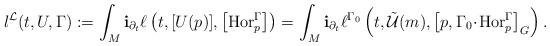
LaTeX: \begin{align*}l^\mathcal{L}(t,U,\Gamma):=\int_M\mathbf{i}_{\partial_t}\ell\left(t,[U(p)],\left[\operatorname{Hor}^\Gamma_p\right]\right)=\int_M\mathbf{i}_{\partial_t}\ell^{\Gamma_0}\left(t,\tilde{\mathcal{U}}(m),\left[p,\Gamma_0\!\cdot\!\operatorname{Hor}^\Gamma_p\right]_G\right).\end{align*}